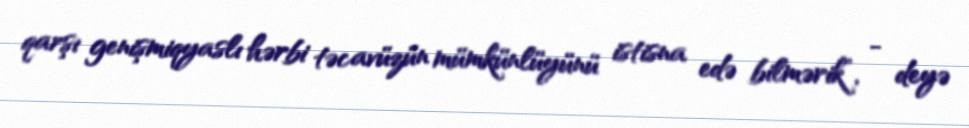
qarşı genişmiqyaslı hərbi təcavüzün mümkünlüyünü istisna edə bilmərik”, - deyə